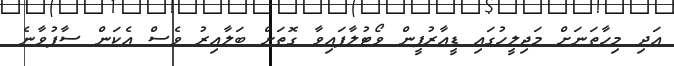
އަދި މިހާތަނަށް މަޖިލީހުގައި ޑީއާރުޕީން ވޯޓުލާފައިވާ ގޮތަށް ބަލާއިރު ވެސް އެކަން ސާފުވާނެ